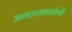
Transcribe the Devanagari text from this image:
अवतारकार्याची